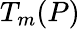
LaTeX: T_{m}(P)